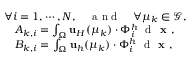
\begin{array} { r l } & { \forall i = 1 , \cdots , N , \quad \textrm { a n d } \quad \forall \mu _ { k } \in \mathcal { G } , } \\ & { \quad A _ { k , i } = \int _ { \Omega } \mathbf { u } _ { H } ( \mu _ { k } ) \cdot \Phi _ { i } ^ { h } \ \textrm { d } \textbf { x } , } \\ & { \quad B _ { k , i } = \int _ { \Omega } \mathbf { u } _ { h } ( \mu _ { k } ) \cdot \Phi _ { i } ^ { h } \ \textrm { d } \textbf { x } , } \end{array}